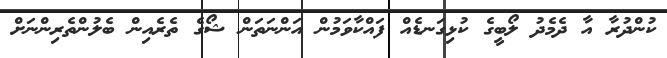
ކުންދުރާ އާ ދެމެދު ލޯބީގެ ކުޅިގަނޑެއް ފައްކާވަމުން އަންނަތަން ޝޯގެ ތެރެއިން ބެލުންތެރިންނަށް